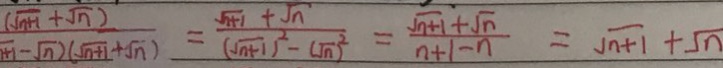
\frac { \sqrt { n + 1 } + \sqrt { n } } { ( \sqrt { n + 1 } - \sqrt { n } ) ( \sqrt { n + 1 } + \sqrt { n } ) } = \frac { \sqrt { n + 1 } + \sqrt { n } } { ( \sqrt { n + 1 } ) ^ { 2 } - ( \sqrt { n } ) ^ { 2 } } = \frac { \sqrt { n + 1 } + \sqrt { n } } { n + 1 - n } = \sqrt { n + 1 } + \sqrt { n }